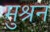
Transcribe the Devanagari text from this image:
मुश्रन